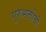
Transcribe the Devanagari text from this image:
गुरुभक्तीची